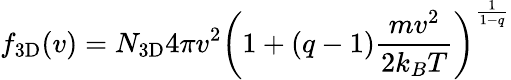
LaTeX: f_{\mathrm{3D}}(v)=N_{\mathrm{3D}}4\pi v^{2}\left(1+(q-1)\frac{mv^{2}}{2k_{B}T}\right)^{\frac{1}{1-q}}